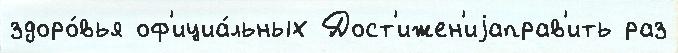
здоро́вья оф'ициа́льных Дост'ижен'иjаправ'ить раз